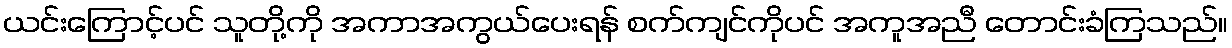
ယင်းကြောင့်ပင် သူတို့ကို အကာအကွယ်ပေးရန် စက်ကျင်ကိုပင် အကူအညီ တောင်းခံကြသည်။